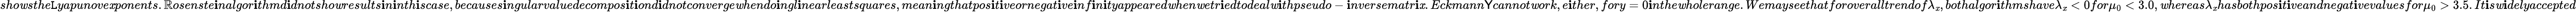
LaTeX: sho\mathit{w}sthe\mathtt{L}yapunove\mathit{x}ponents.\mathbb{R}osenste\mathbf{i}nalgor\mathbf{i}thmd\mathbf{i}dnotsho\mathit{w}results\mathbf{i}n\mathbf{i}nth\mathbf{i}scase,becauses\mathbf{i}ngularvaluedecompos\mathbf{i}t\mathbf{i}ond\mathbf{i}dnotconverge\mathit{w}hendo\mathbf{i}ngl\mathbf{i}nearleastsquares,mean\mathbf{i}ngthatpos\mathbf{i}t\mathbf{i}veornegat\mathbf{i}ve\mathbf{i}nf\mathbf{i}n\mathbf{i}tyappeared\mathit{w}hen\mathit{w}etr\mathbf{i}edtodeal\mathit{w}\mathbf{i}thpseudo-\mathbf{i}nversematr\mathbf{i}\mathit{x}.Eckmann\mathsf{Y}cannot\mathit{w}ork,e\mathbf{i}ther,fory=0\mathbf{i}nthe\mathit{w}holerange.Wemayseethatforoveralltrendof\lambda_{\mathit{x}},bothalgor\mathbf{i}thmshave\lambda_{\mathit{x}}<0for\mu_{0}<3.0,\mathit{w}hereas\lambda_{\mathit{x}}hasbothpos\mathbf{i}t\mathbf{i}veandnegat\mathbf{i}vevaluesfor\mu_{0}>3.5.It\mathbf{i}s\mathit{w}\mathbf{i}delyaccepted